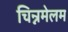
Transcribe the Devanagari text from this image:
चिन्नमेलम